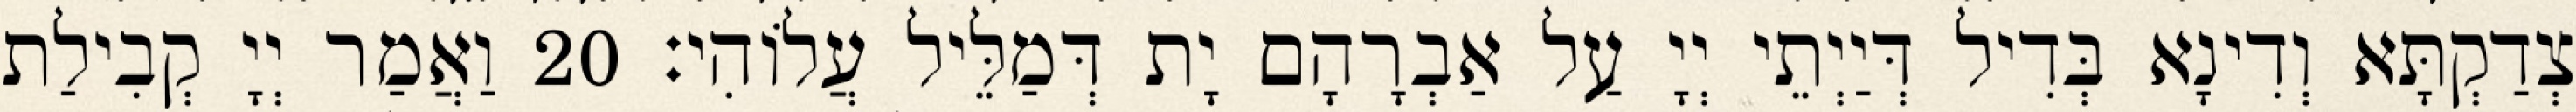
צְדַקְתָּא וְדִינָא בְּדִיל דְּיַיְתֵי יְיָ עַל אַבְרָהָם יָת דְּמַלֵּיל עֲלוֹהִי׃ 20 וַאֲמַר יְיָ קְבִילַת